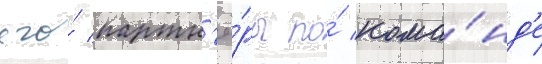
его́ партн'ё́ры по́ кома́нд'е